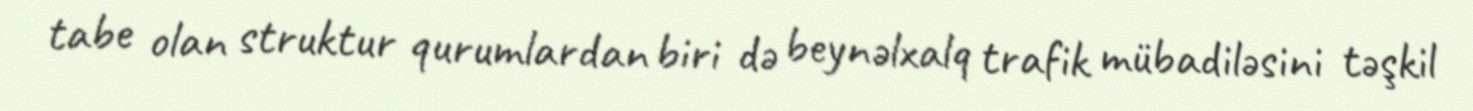
tabe olan struktur qurumlardan biri də beynəlxalq trafik mübadiləsini təşkil